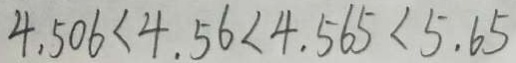
4 . 5 0 6 < 4 . 5 6 < 4 . 5 6 5 < 5 . 6 5